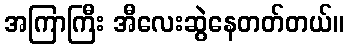
အကြာကြီး အီလေးဆွဲနေတတ်တယ်။